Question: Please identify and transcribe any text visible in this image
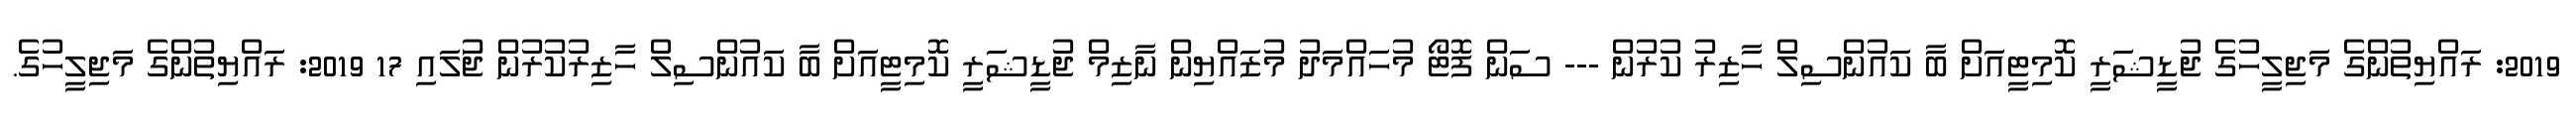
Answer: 2019: ރައްޔިތުންގެ މަޖިލީހުގެ ޖުޑީޝަރީ ކޮމިޓީއަށް ބާ ކައުންސިލް ހާޒިރު ކުރުން --- ސަން ފޮޓޯ މުހައްމަދު މުޒައްޔިން ނާޒިމް ޖުޑީޝަރީ ކޮމިޓީއަށް ބާ ކައުންސިލް ހާޒިރުކުރުން ޖުަލައި 17 2019: ރައްޔިތުންގެ މަޖިލީހުގެ.